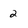
Character: 2